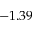
- 1 . 3 9